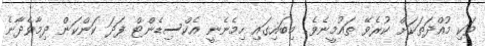
ވަކި މުއްދަތަކަށް ކުރެވޭ ތައުމީނެވެ. މިބައިގައި ހިމެނެނީ އެކްސިޑެންޓް ފަދަ ކަންކަން ދިމާވެދާނެ